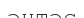
әнтәс